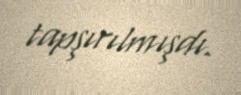
tapşırılmışdı.